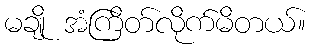
မချို အံကြိတ်လိုက်မိတယ်။